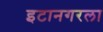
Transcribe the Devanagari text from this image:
इटानगरला